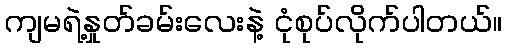
ကျမရဲ့နှုတ်ခမ်းလေးနဲ့ ငုံစုပ်လိုက်ပါတယ်။